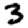
Digit: 3